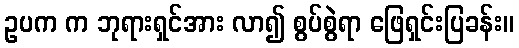
ဥပက က ဘုရားရှင်အား လာ၍ စွပ်စွဲရာ ဖြေရှင်းပြခန်း။